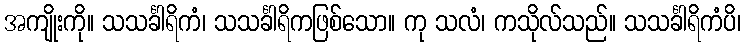
အကျိုးကို။ သသင်္ခါရိကံ၊ သသင်္ခါရိကဖြစ်သော။ ကု သလံ၊ ကသိုလ်သည်။ သသင်္ခါရိကံပိ၊